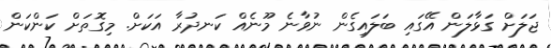
ޖަލަށް ގަޅާލަން އޭގައި ބަލައިގެން ނުވާނެ މޫނެއް ކަނދުރާ އަކަށް. މިގޮތަށް ކަންކަން